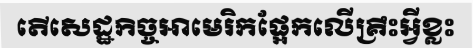
តើសេដ្ឋកិច្ចអាមេរិកផ្អែកលើគ្រឹះអ្វីខ្លះ